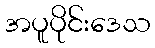
အပူပိုင်းဒေသ